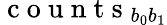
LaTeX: \mathrm{~c~o~u~n~t~s~}_{b_{0}b_{1}}